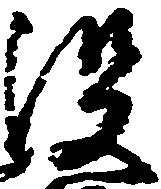
没